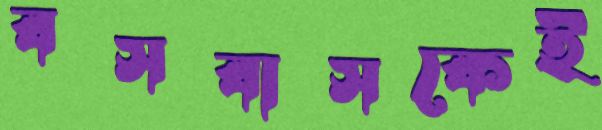
বসবাসকেই